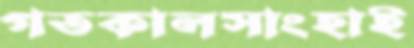
গতকালসাংহাই